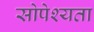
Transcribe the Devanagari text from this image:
सोपेश्यता